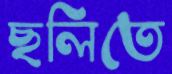
ছলিতে